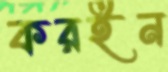
করইন